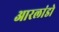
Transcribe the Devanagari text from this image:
आरलांडो